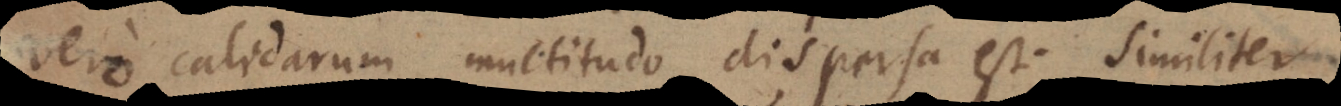
vero calidarum multitudo dispersa est. Similiter